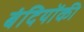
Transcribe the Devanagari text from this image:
बंदियोंकी